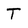
Character: T